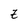
Character: Z